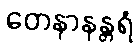
တေနာနန္တရံ